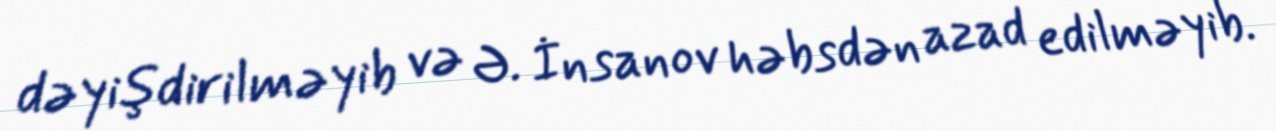
dəyişdirilməyib və Ə. İnsanov həbsdən azad edilməyib.